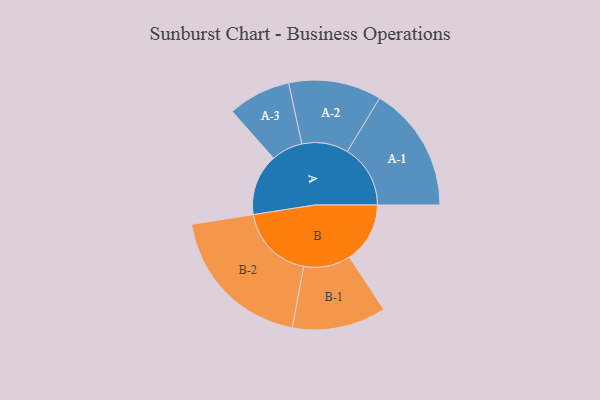
{"axis": {"x": "Segment", "y": "Value"}, "legend": ["", "A", "B"], "data": [{"x": "A", "y": 229, "type": ""}, {"x": "B", "y": 226, "type": ""}, {"x": "A-1", "y": 235, "type": "A"}, {"x": "A-2", "y": 173, "type": "A"}, {"x": "A-3", "y": 117, "type": "A"}, {"x": "B-1", "y": 175, "type": "B"}, {"x": "B-2", "y": 282, "type": "B"}]}